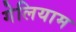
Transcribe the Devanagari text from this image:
गेलियाम